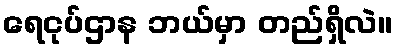
ရေငုပ်ဌာန ဘယ်မှာ တည်ရှိလဲ။